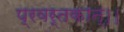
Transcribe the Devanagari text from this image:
प्रवर्तकान्।।